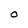
Character: O